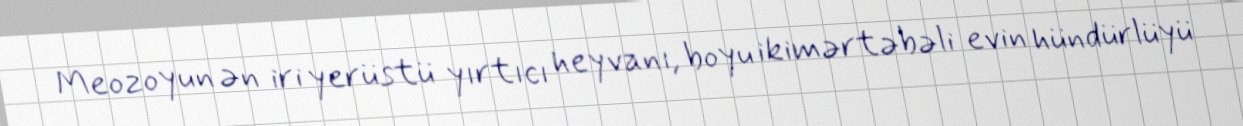
Meozoyun ən iri yerüstü yırtıcı heyvanı, boyu ikimərtəbəli evin hündürlüyü